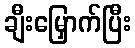
ချီးမြှောက်ပြီး